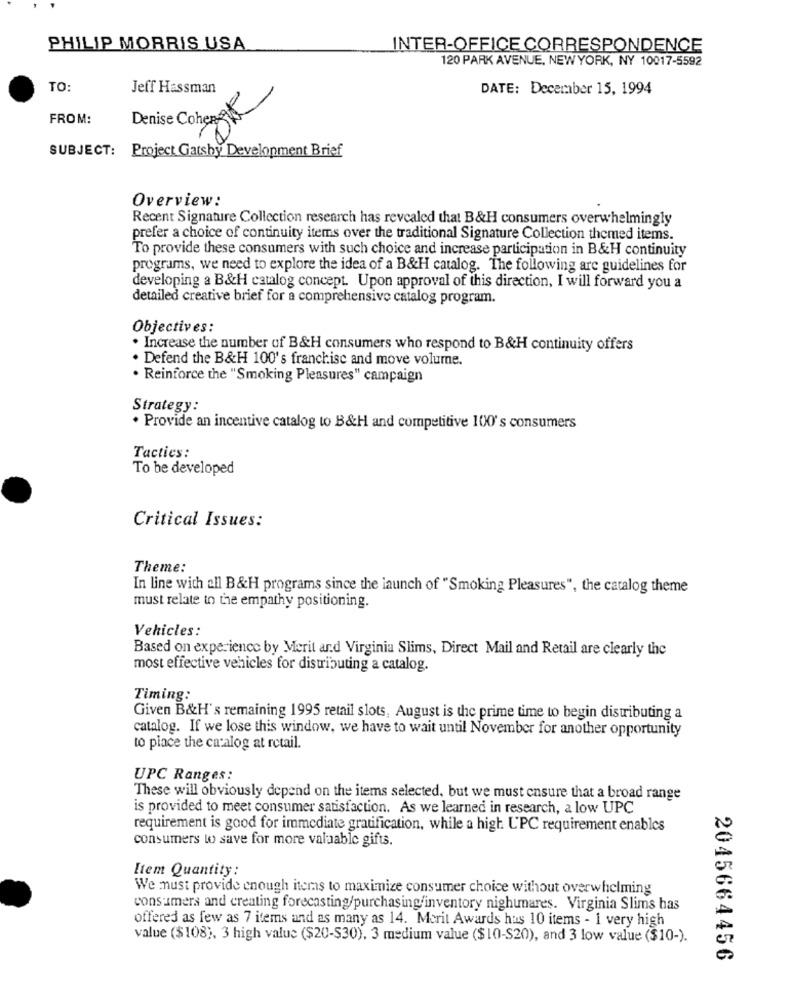
PHILIP MORRIS USA
INTER-OFFICE CORRESPONDENCE
120 PARK AVENUE, NEW YORK, NY 10017-5592
TO:
Jeff Hassman
DATE: December 15, 1994
FROM:
SUBJECT: Project Gatsby Development Brief
Overview:
Recent Signature Collection research has revealed that B&H consumers overwhelmingly
prefer a choice of continuity items over the traditional Signature Collection themed items.
To provide these consumers with such choice and increase participation in B&H continuity
programs, we need to explore the idea of a B&H catalog. The following are guidelines for
developing a B&H catalog concept. Upon approval of this direction, I will forward you a
detailed creative brief for a comprehensive catalog program.
Objectives:
. Increase the number of B&H consumers who respond to B&H continuity offers
. Defend the B&H 100's franchise and move volume.
. Reinforce the "Smoking Pleasures" campaign
Strategy:
. Provide an incentive catalog to B&H and competitive 100's consumers
Tactics:
To be developed
Critical Issues:
Theme:
In line with all B&H programs since the launch of "Smoking Pleasures", the catalog theme
must relate to the empathy positioning.
Vehicles:
Based on experience by Merit and Virginia Slims, Direct Mail and Retail are clearly the
most effective vehicles for distributing a catalog.
Timing:
Given B&H's remaining 1995 retail slots, August is the prime time to begin distributing a
catalog. If we lose this window, we have to wait until November for another opportunity
to place the catalog at retail.
UPC Ranges:
These will obviously depend on the items selected, but we must ensure that a broad range
is provided to meet consumer satisfaction. As we learned in research, a low UPC
requirement is good for immediate gratification, while a high L'PC requirement enables
consumers to save for more valuable gifts.
Item Quantity :
We must provide enough iteras to maximize consumer choice without overwhelming
consumers and creating forecasting/purchasing inventory nighunares. Virginia Slims has
offered as few as 7 items and as many as 14. Merit Awards hus 10 items - 1 very high
value ($108), 3 high value ($20-S30), 3 medium value ($10-S20), and 3 low value ($10-).
2045664456